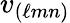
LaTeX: v_{(\ell mn)}